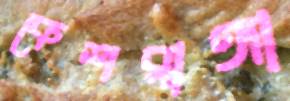
কেশরাঙ্গা